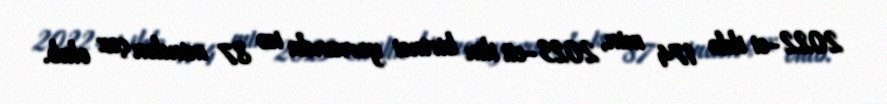
2022-ci ildə 174 min, 2023-cü ilin birinci yarısında isə 87 mindən çox olub.